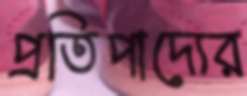
প্রতিপাদ্যের